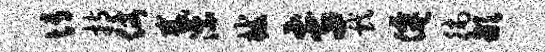
博持仗截漂械专戏仙徜歙